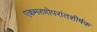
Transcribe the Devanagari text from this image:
एकमरणोपरांतशीर्षक